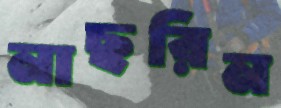
নাছরিন